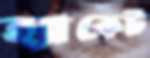
হ্যাকেট